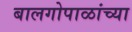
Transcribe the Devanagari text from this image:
बालगोपाळांच्या